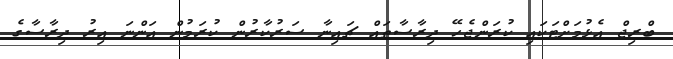
ބްރިޖް އެޅުމަށްޓަކައި ކުރަންޖެހޭ ދިރާސާތައް ޗައިނާ ސަރުކާރުން ކުރަމުން އަންނަ އިރު ދިރާސާގެ